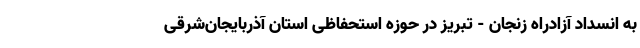
به انسداد آزادراه زنجان - تبریز در حوزه استحفاظی استان آذربایجان‌شرقی